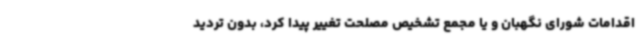
اقدامات شورای نگهبان و یا مجمع تشخیص مصلحت تغییر پیدا کرد، بدون تردید